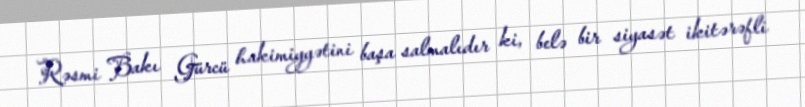
Rəsmi Bakı Gürcü hakimiyyətini başa salmalıdır ki, belə bir siyasət ikitərəfli